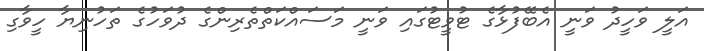
އަލީ ވަހީދު ވަނީ އެބޭފުޅާގެ ޓުވީޓުގައި ވަނީ މަސައްކަތްތެރިންގެ ދުވަހުގެ ތަހުނިޔާ ހީވާގި